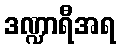
ဒဏ္ဍာရီအရ